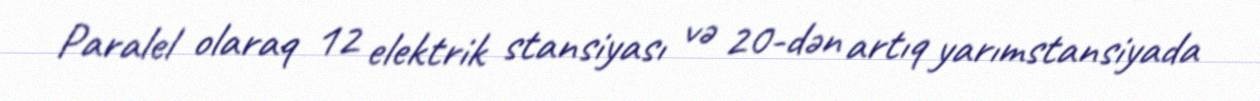
Paralel olaraq 12 elektrik stansiyası və 20-dən artıq yarımstansiyada